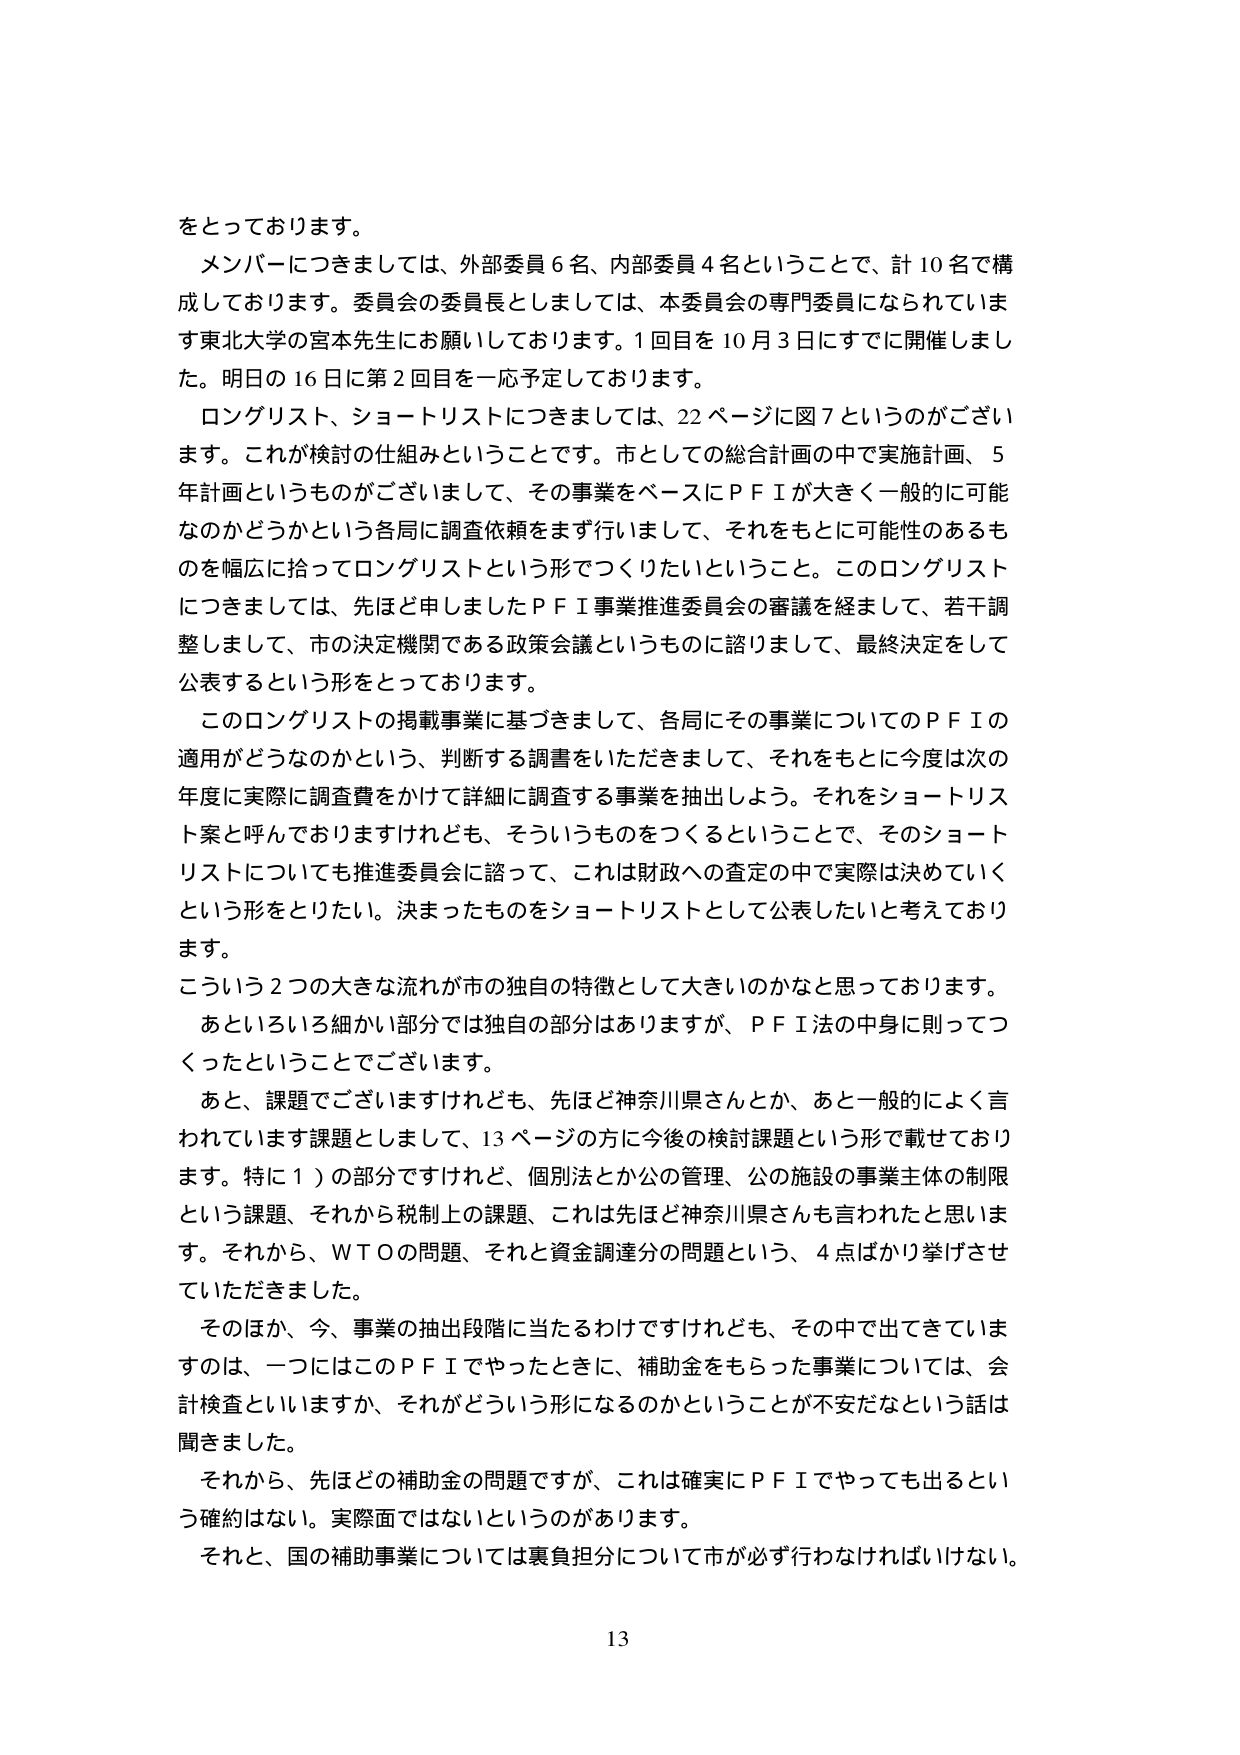
をとっております。
メンバーにつきましては、外部委員６名、内部委員４名ということで、計10名で構成しております。委員会の委員長としましては、本委員会の専門委員になられています東北大学の宮本先生にお願いしております。1回目を10月3日にすでに開催しました。明日の16日に第2回目を一応予定しております。
ロングリスト、ショートリストにつきましては、22ページに図7というのがございます。これが検討の仕組みということです。市としての総合計画の中で実施計画、5年計画というものがございまして、その事業をベースにＰＦＩが大きく一般的に可能なのかどうかという各局に調査依頼をまず行いまして、それをもとに可能性のあるものを幅広に拾ってロングリストという形でつくりたいということ。このロングリストにつきましては、先ほど申しましたＰＦＩ事業推進委員会の審議を経まして、若干調整しまして、市の決定機関である政策会議というものに諮りまして、最終決定をして公表するという形をとっております。
このロングリストの掲載事業に基づきまして、各局にその事業についてのＰＦＩの適用がどうなのかという、判断する調査をいただきまして、それをもとに今度は次の年度に実際に調査費をかけて詳細に調査する事業を抽出しよう。それをショートリスト案と呼んでおりますけれども、そういうものをつくるということで、そのショートリストについても推進委員会に諮って、これは財政への査定の中で実際は決めていくという形をとりたい。決まったものをショートリストとして公表したいと考えております。
こういう2つの大きな流れが市の独自の特徴として大きいのかなと思っております。
あといろいろ細かい部分では独自の部分はありますが、ＰＦＩの中身に則ってつくったということでございます。
あと、課題でございますけれども、先ほど神奈川県さんとか、あと一般的によく言われています課題としまして、13ページの方に今後の検討課題という形で載せております。特に1）の部分ですけれど、個別法とか公の管理、公の施設の事業主体の制限という課題、それから税制上の課題、これは先ほど神奈川県さんも言われたと思います。それから、ＷＴＯの問題、それと資金調達分の問題という、4点ばかり挙げさせていただきました。
そのほか、今、事業の抽出段階に当たるわけですけれども、その中で出てきていますのは、一つにはこのＰＦＩでやったときに、補助金をもらった事業については、会計検査といいますか、それがどういう形になるのかということが不安だという話は聞きました。
それから、先ほどの補助金の問題ですが、これは確実にＰＦＩでやっても出るという確約はない。実際面ではないというのがあります。
それと、国の補助事業については裏負担分について市が必ず行わなければいけない。
13